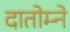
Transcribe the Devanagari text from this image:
दातोम्ने